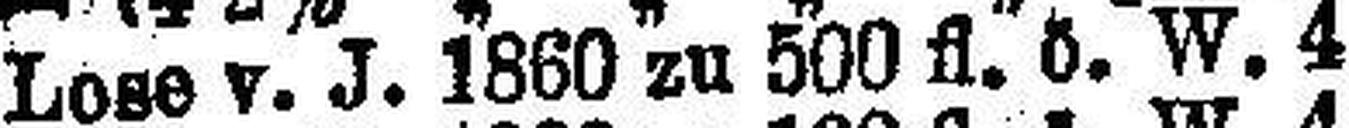
Lose v. J. 1860 zu 500 fl. ö. W. 4